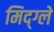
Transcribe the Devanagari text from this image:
मिद्ग्ले